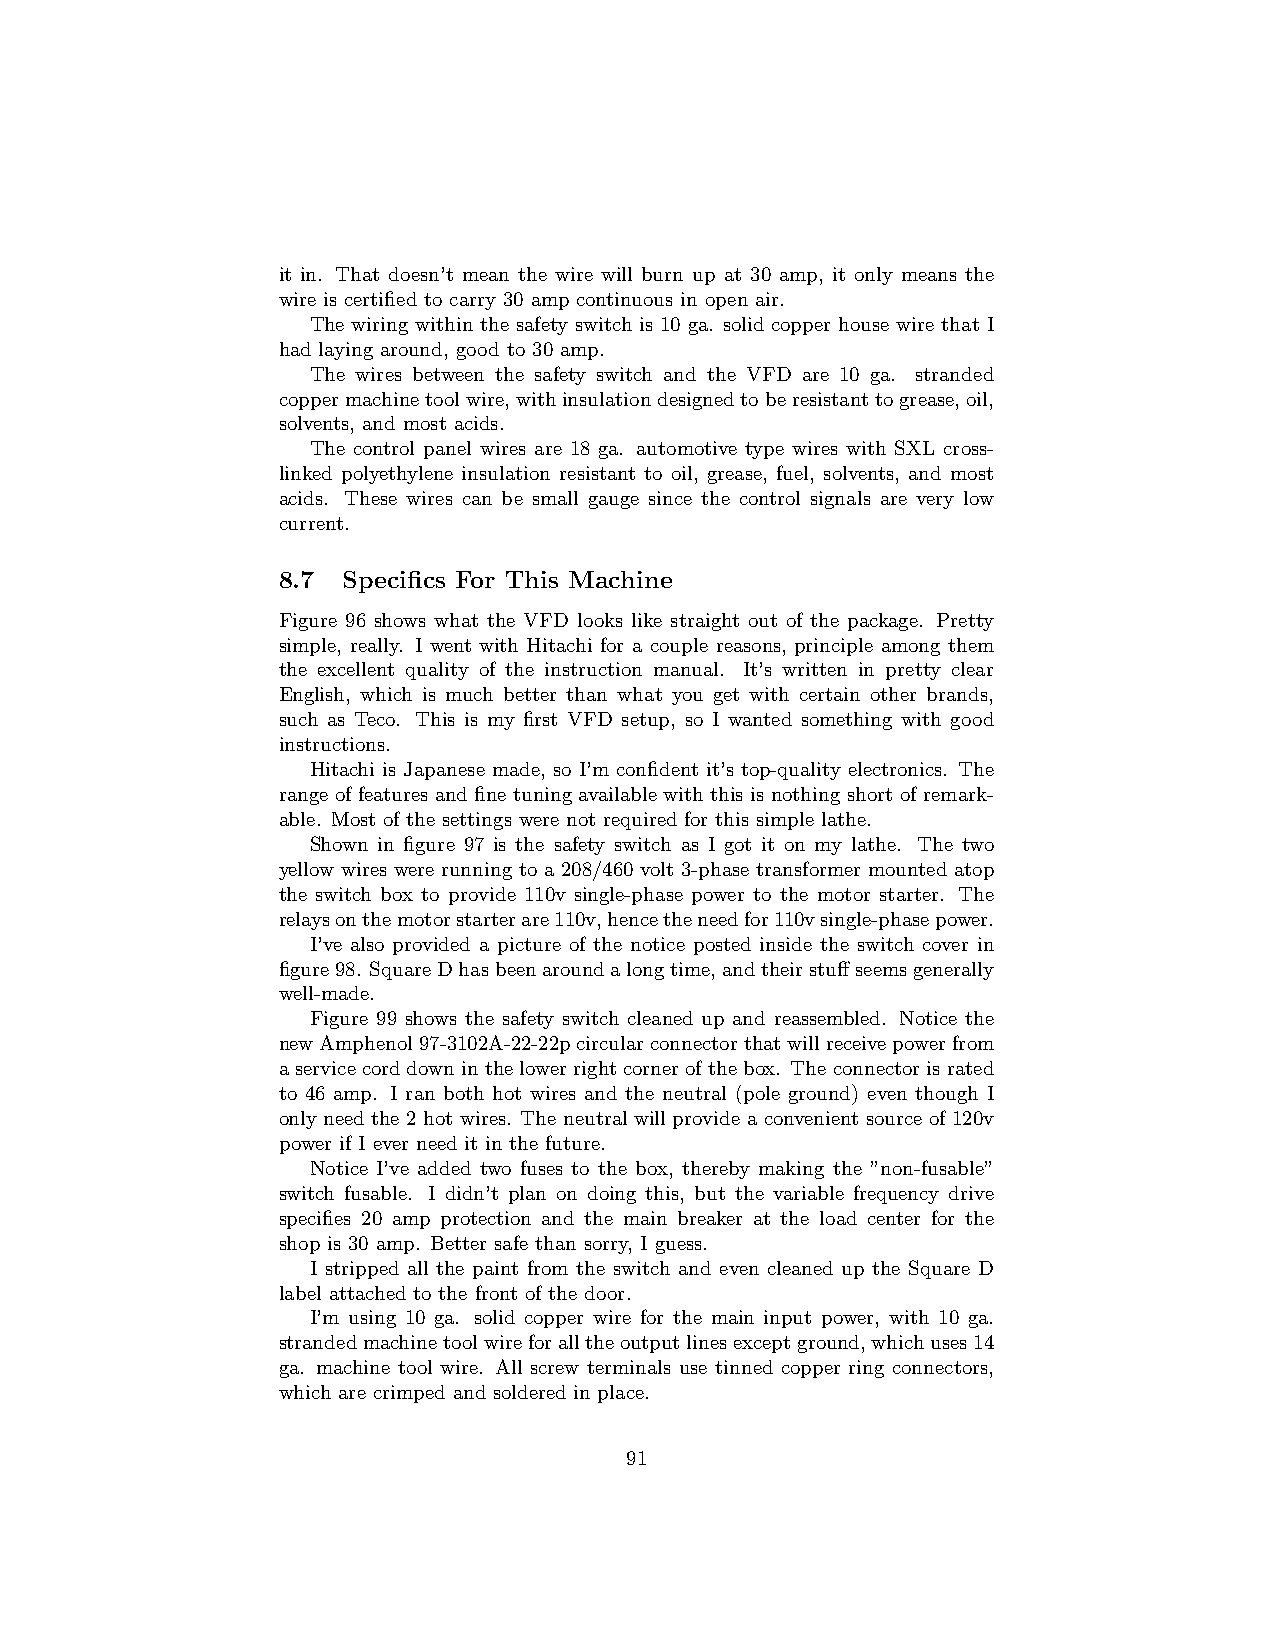
it in. That doesn’t mean the wire will burn up at 30 amp, it only means the
 wire is certified to carry 30 amp continuous in open air.
 The wiring within the safety switch is 10 ga. solid copper house wire that I
 had laying around, good to 30 amp.
 The wires between the safety switch and the VFD are 10 ga. stranded
 coppermachinetoolwire,withinsulationdesignedtoberesistanttogrease,oil,
 solvents, and most acids.
 The control panel wires are 18 ga. automotive type wires with SXL cross-
 linked polyethylene insulation resistant to oil, grease, fuel, solvents, and most
 acids. These wires can be small gauge since the control signals are very low
 current.
 8.7  Specifics For This Machine
 Figure 96 shows what the VFD looks like straight out of the package. Pretty
 simple, really. I went with Hitachi for a couple reasons, principle among them
 the excellent quality of the instruction manual. It’s written in pretty clear
 English, which is much better than what you get with certain other brands,
 such as Teco. This is my first VFD setup, so I wanted something with good
 instructions.
 Hitachi is Japanese made, so I’m confident it’s top-quality electronics. The
 range of features and fine tuning available with this is nothing short of remark-
 able. Most of the settings were not required for this simple lathe.
 Shown in figure 97 is the safety switch as I got it on my lathe. The two
 yellow wires were running to a 208/460 volt 3-phase transformer mounted atop
 the switch box to provide 110v single-phase power to the motor starter. The
 relaysonthemotorstarterare110v,hencetheneedfor110vsingle-phasepower.
 I’ve also provided a picture of the notice posted inside the switch cover in
 figure98. SquareDhasbeenaroundalongtime,andtheirstuffseemsgenerally
 well-made.
 Figure 99 shows the safety switch cleaned up and reassembled. Notice the
 newAmphenol97-3102A-22-22pcircularconnectorthatwillreceivepowerfrom
 aservicecorddowninthelowerrightcornerofthebox. Theconnectorisrated
 to 46 amp. I ran both hot wires and the neutral (pole ground) even though I
 only need the 2 hot wires. The neutral will provide a convenient source of 120v
 power if I ever need it in the future.
 Notice I’ve added two fuses to the box, thereby making the ”non-fusable”
 switch fusable. I didn’t plan on doing this, but the variable frequency drive
 specifies 20 amp protection and the main breaker at the load center for the
 shop is 30 amp. Better safe than sorry, I guess.
 I stripped all the paint from the switch and even cleaned up the Square D
 label attached to the front of the door.
 I’m using 10 ga. solid copper wire for the main input power, with 10 ga.
 strandedmachinetoolwireforalltheoutputlinesexceptground,whichuses14
 ga. machine tool wire. All screw terminals use tinned copper ring connectors,
 which are crimped and soldered in place.
 91